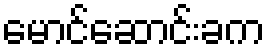
မောင်ဆောင်းခက